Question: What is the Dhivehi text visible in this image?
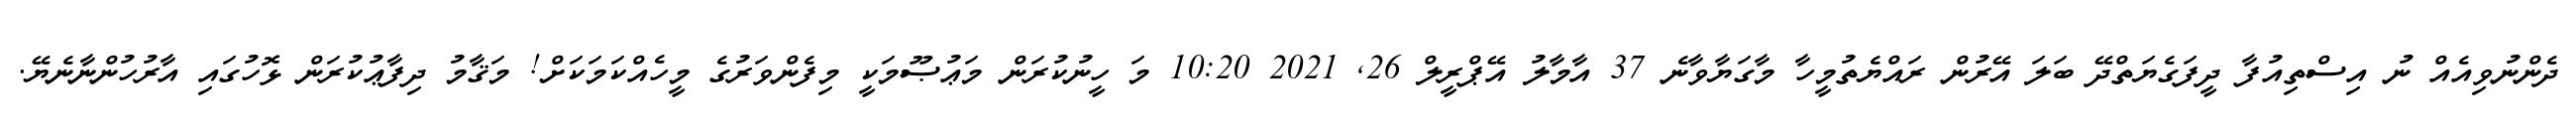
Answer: ދެންނުވިއެއް ނު އިސްތިއުފާ ދީފަގެޔަތްދޭ ބަލަ އޭރުން ރައްޔެތުމީހާ މާގަޔާވާނެ 37 އާމާލު އޭޕްރީލް 26, 2021 10:20 މަ ހީނުކުރަން މަޢުޞޫމަކީ މިފެންވަރުގެ މީހެއްކަމަކަށް! މަޤާމު ދިފާޢުކުރަން ޅޮހުގައި އާރުހުންނާނެޔޭ.